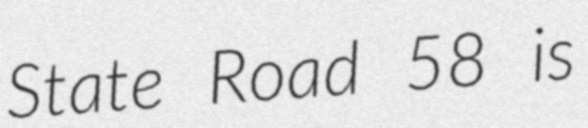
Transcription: State Road 58 is